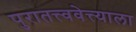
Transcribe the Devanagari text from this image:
पुरातत्त्ववेत्त्याला